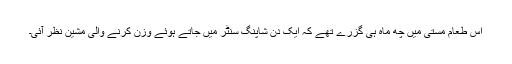
اس طعام مستی میں چھ ماہ ہی گزرے تھے کہ ایک دن شاپنگ سنٹر میں جاتے ہوئے وزن کرنے والی مشین نظر آئی۔